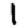
Digit: 1